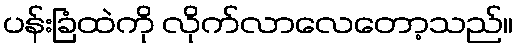
ပန်းခြံထဲကို လိုက်လာလေတော့သည်။